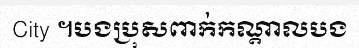
City ។បងប្រុសពាក់កណ្តាលបង